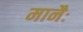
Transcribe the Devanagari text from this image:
मानैः